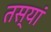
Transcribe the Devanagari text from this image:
तस्यां